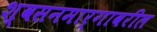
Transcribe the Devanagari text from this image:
श्वसनमार्गावरील